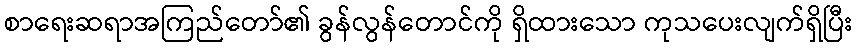
စာရေးဆရာအကြည်တော်၏ ခွန်လွန်တောင်ကို ရှိထားသော ကုသပေးလျက်ရှိပြီး